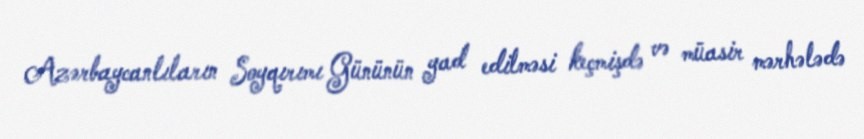
Azərbaycanlıların Soyqırımı Gününün yad edilməsi keçmişdə və müasir mərhələdə